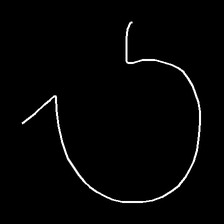
Glyph: weave